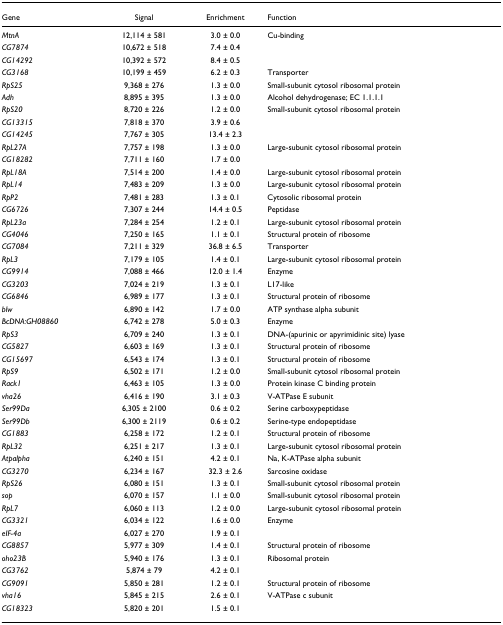
<table><thead><tr><td><b>Gene</b></td><td><b>Signal</b></td><td><b>Enrichment</b></td><td><b>Function</b></td></tr></thead><tbody><tr><td><i>MtnA</i></td><td>12,114 ± 581</td><td>3.0 ± 0.0</td><td>Cu-binding</td></tr><tr><td><i>CG7874</i></td><td>10,672 ± 518</td><td>7.4 ± 0.4</td><td></td></tr><tr><td><i>CG14292</i></td><td>10,392 ± 572</td><td>8.4 ± 0.5</td><td></td></tr><tr><td><i>CG3168</i></td><td>10,199 ± 459</td><td>6.2 ± 0.3</td><td>Transporter</td></tr><tr><td><i>RpS25</i></td><td>9,368 ± 276</td><td>1.3 ± 0.0</td><td>Small-subunit cytosol ribosomal protein</td></tr><tr><td><i>Adh</i></td><td>8,895 ± 395</td><td>1.3 ± 0.0</td><td>Alcohol dehydrogenase; EC 1.1.1.1</td></tr><tr><td><i>RpS20</i></td><td>8,720 ± 226</td><td>1.2 ± 0.0</td><td>Small-subunit cytosol ribosomal protein</td></tr><tr><td><i>CG13315</i></td><td>7,818 ± 370</td><td>3.9 ± 0.6</td><td></td></tr><tr><td><i>CG14245</i></td><td>7,767 ± 305</td><td>13.4 ± 2.3</td><td></td></tr><tr><td><i>RpL27A</i></td><td>7,757 ± 198</td><td>1.3 ± 0.0</td><td>Large-subunit cytosol ribosomal protein</td></tr><tr><td><i>CG18282</i></td><td>7,711 ± 160</td><td>1.7 ± 0.0</td><td></td></tr><tr><td><i>RpL18A</i></td><td>7,514 ± 200</td><td>1.4 ± 0.0</td><td>Large-subunit cytosol ribosomal protein</td></tr><tr><td><i>RpL14</i></td><td>7,483 ± 209</td><td>1.3 ± 0.0</td><td>Large-subunit cytosol ribosomal protein</td></tr><tr><td><i>RpP2</i></td><td>7,481 ± 283</td><td>1.3 ± 0.1</td><td>Cytosolic ribosomal protein</td></tr><tr><td><i>CG6726</i></td><td>7,307 ± 244</td><td>14.4 ± 0.5</td><td>Peptidase</td></tr><tr><td><i>RpL23a</i></td><td>7,284 ± 254</td><td>1.2 ± 0.1</td><td>Large-subunit cytosol ribosomal protein</td></tr><tr><td><i>CG4046</i></td><td>7,250 ± 165</td><td>1.1 ± 0.1</td><td>Structural protein of ribosome</td></tr><tr><td><i>CG7084</i></td><td>7,211 ± 329</td><td>36.8 ± 6.5</td><td>Transporter</td></tr><tr><td><i>RpL3</i></td><td>7,179 ± 105</td><td>1.4 ± 0.1</td><td>Large-subunit cytosol ribosomal protein</td></tr><tr><td><i>CG9914</i></td><td>7,088 ± 466</td><td>12.0 ± 1.4</td><td>Enzyme</td></tr><tr><td><i>CG3203</i></td><td>7,024 ± 219</td><td>1.3 ± 0.1</td><td>L17-like</td></tr><tr><td><i>CG6846</i></td><td>6,989 ± 177</td><td>1.3 ± 0.1</td><td>Structural protein of ribosome</td></tr><tr><td><i>blw</i></td><td>6,890 ± 142</td><td>1.7 ± 0.0</td><td>ATP synthase alpha subunit</td></tr><tr><td><i>BcDNA:GH08860</i></td><td>6,742 ± 278</td><td>5.0 ± 0.3</td><td>Enzyme</td></tr><tr><td><i>RpS3</i></td><td>6,709 ± 240</td><td>1.3 ± 0.1</td><td>DNA-(apurinic or apyrimidinic site) lyase</td></tr><tr><td><i>CG5827</i></td><td>6,603 ± 169</td><td>1.3 ± 0.1</td><td>Structural protein of ribosome</td></tr><tr><td><i>CG15697</i></td><td>6,543 ± 174</td><td>1.3 ± 0.1</td><td>Structural protein of ribosome</td></tr><tr><td><i>RpS9</i></td><td>6,502 ± 171</td><td>1.2 ± 0.0</td><td>Small-subunit cytosol ribosomal protein</td></tr><tr><td><i>Rack1</i></td><td>6,463 ± 105</td><td>1.3 ± 0.0</td><td>Protein kinase C binding protein</td></tr><tr><td><i>vha26</i></td><td>6,416 ± 190</td><td>3.1 ± 0.3</td><td>V-ATPase E subunit</td></tr><tr><td><i>Ser99Da</i></td><td>6,305 ± 2100</td><td>0.6 ± 0.2</td><td>Serine carboxypeptidase</td></tr><tr><td><i>Ser99Db</i></td><td>6,300 ± 2119</td><td>0.6 ± 0.2</td><td>Serine-type endopeptidase</td></tr><tr><td><i>CG1883</i></td><td>6,258 ± 172</td><td>1.2 ± 0.1</td><td>Structural protein of ribosome</td></tr><tr><td><i>RpL32</i></td><td>6,251 ± 217</td><td>1.3 ± 0.1</td><td>Large-subunit cytosol ribosomal protein</td></tr><tr><td><i>Atpalpha</i></td><td>6,240 ± 151</td><td>4.2 ± 0.1</td><td>Na, K-ATPase alpha subunit</td></tr><tr><td><i>CG3270</i></td><td>6,234 ± 167</td><td>32.3 ± 2.6</td><td>Sarcosine oxidase</td></tr><tr><td><i>RpS26</i></td><td>6,080 ± 151</td><td>1.3 ± 0.1</td><td>Small-subunit cytosol ribosomal protein</td></tr><tr><td><i>sop</i></td><td>6,070 ± 157</td><td>1.1 ± 0.0</td><td>Small-subunit cytosol ribosomal protein</td></tr><tr><td><i>RpL7</i></td><td>6,060 ± 113</td><td>1.2 ± 0.0</td><td>Large-subunit cytosol ribosomal protein</td></tr><tr><td><i>CG3321</i></td><td>6,034 ± 122</td><td>1.6 ± 0.0</td><td>Enzyme</td></tr><tr><td><i>eIF-4a</i></td><td>6,027 ± 270</td><td>1.9 ± 0.1</td><td></td></tr><tr><td><i>CG8857</i></td><td>5,977 ± 309</td><td>1.4 ± 0.1</td><td>Structural protein of ribosome</td></tr><tr><td><i>oho23B</i></td><td>5,940 ± 176</td><td>1.3 ± 0.1</td><td>Ribosomal protein</td></tr><tr><td><i>CG3762</i></td><td>5,874 ± 79</td><td>4.2 ± 0.1</td><td></td></tr><tr><td><i>CG9091</i></td><td>5,850 ± 281</td><td>1.2 ± 0.1</td><td>Structural protein of ribosome</td></tr><tr><td><i>vha16</i></td><td>5,845 ± 215</td><td>2.6 ± 0.1</td><td>V-ATPase c subunit</td></tr><tr><td><i>CG18323</i></td><td>5,820 ± 201</td><td>1.5 ± 0.1</td><td></td></tr></tbody></table>